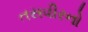
તસવીરનો